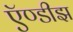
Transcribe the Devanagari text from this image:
ऍण्डीझ